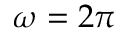
\omega = 2 \pi